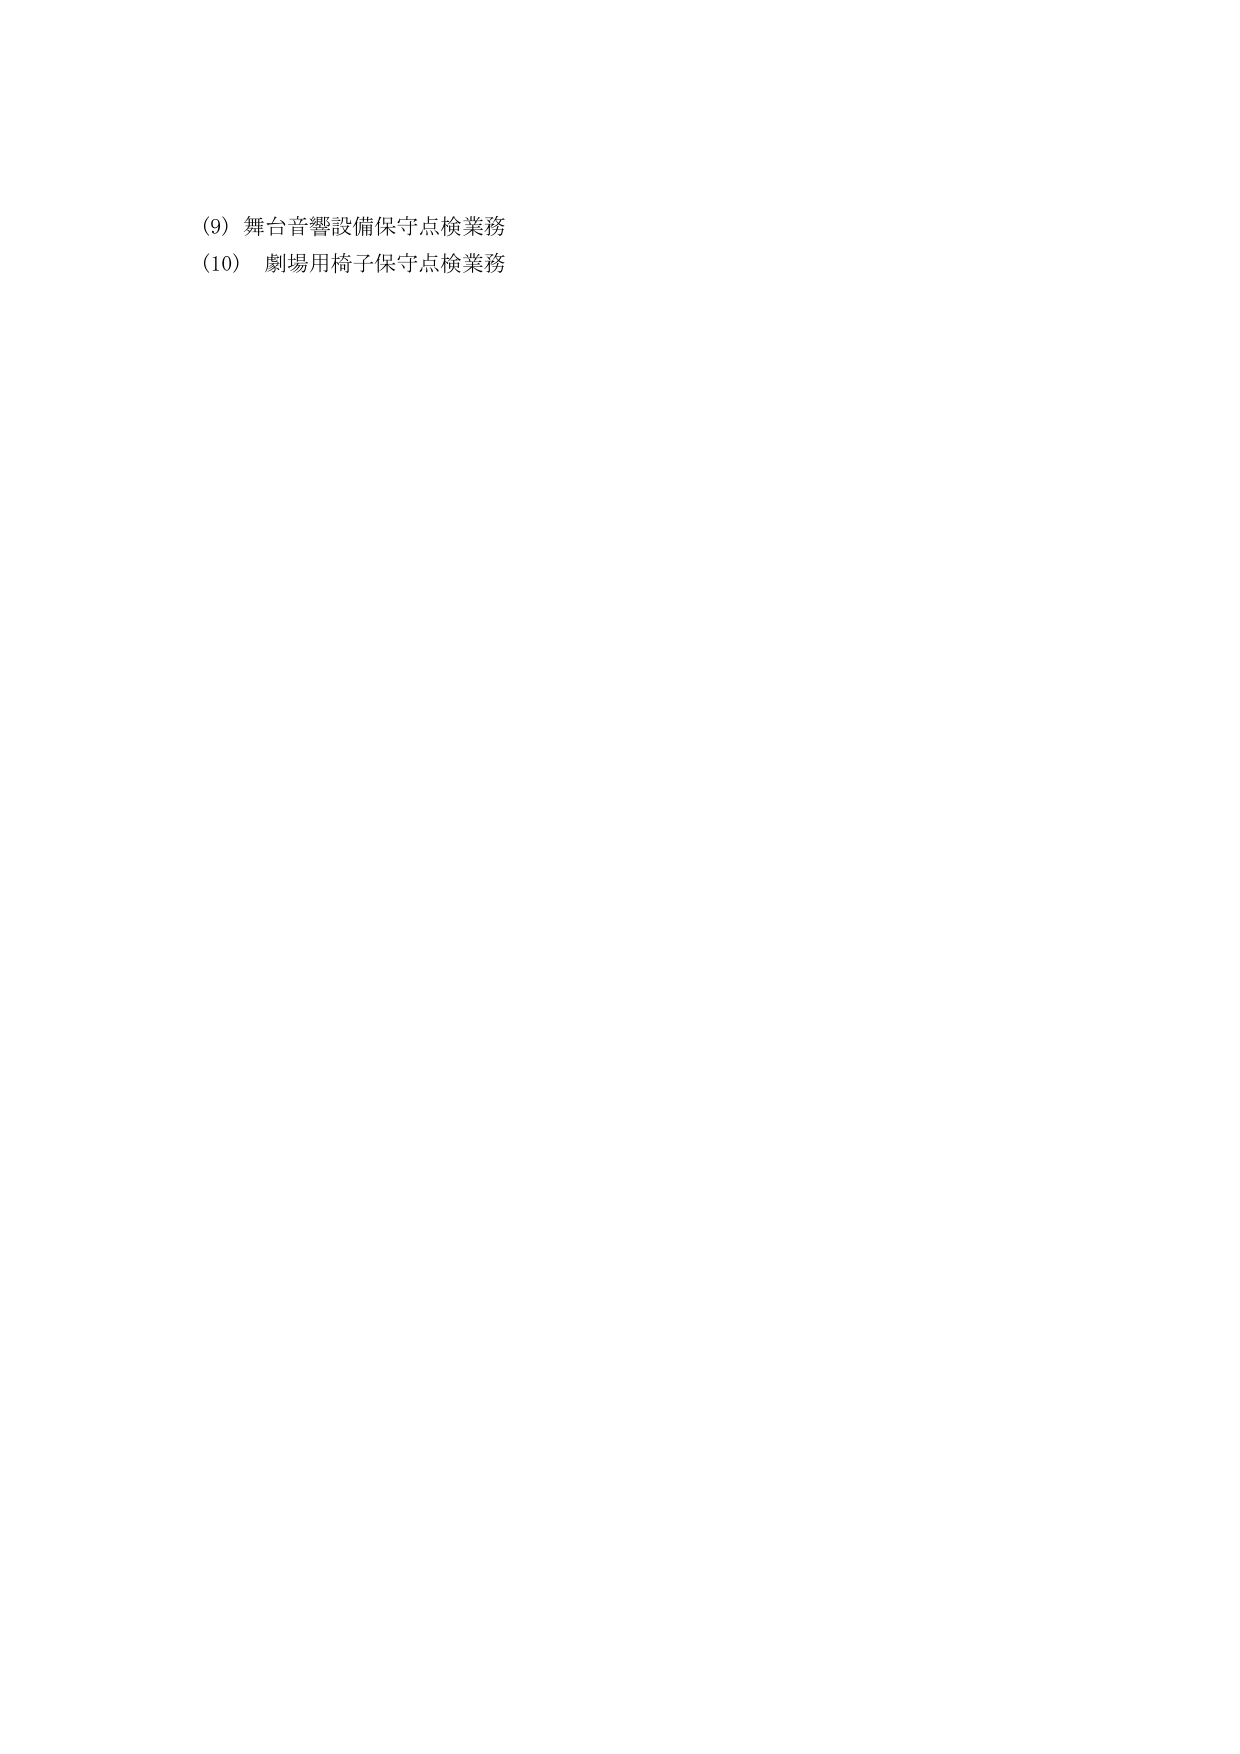
(9) 舞台音響設備保守点検業務
(10) 劇場用椅子保守点検業務